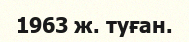
1963 ж. туған.